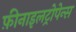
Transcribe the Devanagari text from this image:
फ़ीनाइलट्रोपेन्स